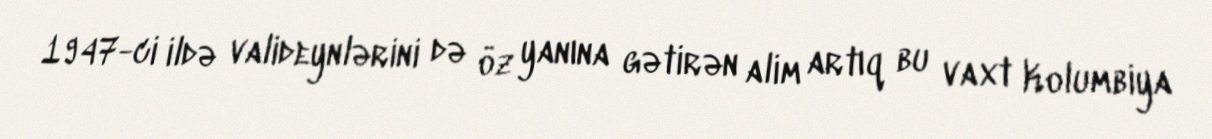
1947-ci ildə valideynlərini də öz yanına gətirən alim artıq bu vaxt Kolumbiya